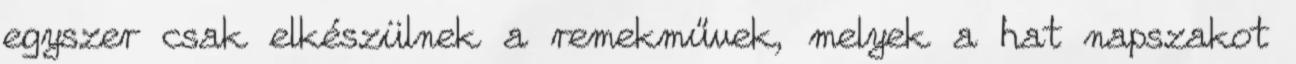
egyszer csak elkészülnek a remekművek, melyek a hat napszakot